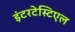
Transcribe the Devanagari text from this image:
इंटरटेस्टिएल